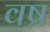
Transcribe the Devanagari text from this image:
वष्र